Annual statistical returns and brief notes on vaccination in Bengal - 1896-1909
Year: 1896
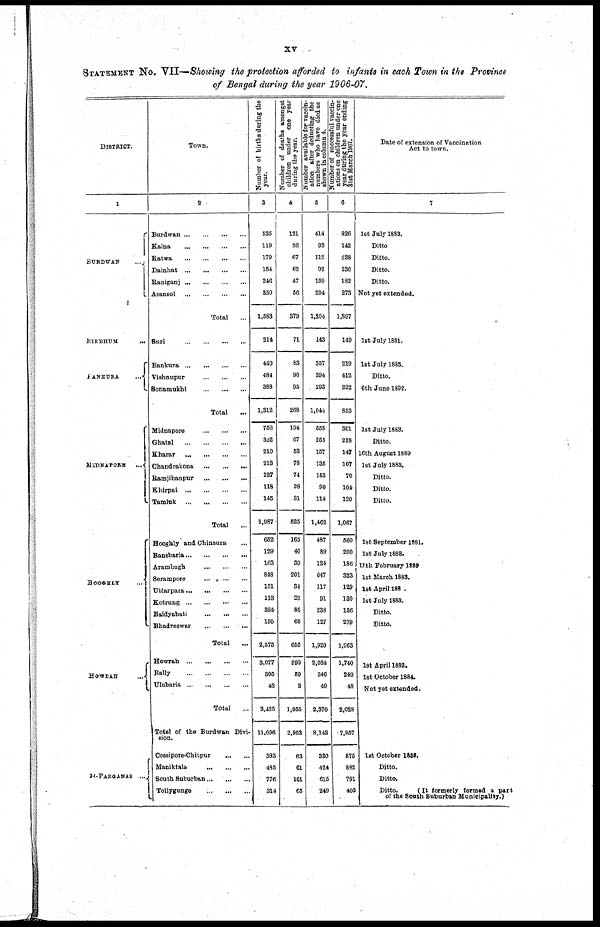
xv
STATEMENT No. VII— Showing the protection afforded to infants in each Town in the Province
of Bengal during the year 1906-07.
DISTRICT.
1
BURDWAN
...
BIRBHUM
...
BANKURA
...
MIDNAPORE ...
HOOGHLY ...
HOWRAH
...
24-PARGANAS ...
Town.
2
Burdwan
...
...
...
...
Kalna
...
...
...
...
Katwa
...
...
...
...
Dainhat
...
...
...
...
Raniganj
...
...
...
...
Asansol
...
...
...
...
Total
...
Suri
...
...
...
...
Bankura ... ... ... ...
Vishnupur
...
...
...
Sonamukhi
...
...
...
Total ...
Midnapore
...
...
...
Ghatal
...
...
...
...
Kharar
...
...
...
...
Chandrakona
...
...
...
Ramjibanpur
...
...
...
Khirpai
...
...
...
...
Tamluk
...
...
...
...
Total ...
Hooghly and Chinsura ...
Bansbaria ... ... ... ...
Arambagh
...
...
...
Serampore
...
...
...
Uttarpara ... ... ... ...
Kotrung
...
...
...
...
Haidyabati
...
...
...
Bhadreswar
...
...
...
Total
...
Howrah
...
...
...
...
Bally
...
...
...
...
Ulubaria
...
...
...
...
Total
...
Total of the Burdwan Divi-
sion.
Cossipore-Chitpur
...
...
Maniktala
...
...
...
South Suburban ... ... ...
Tollygunge
...
...
...
Number of births during the
year.
3
535
119
179
154
246
350
1,588
214
440
484
388
1,312
752
322
210
213
227
118
145
1,987
652
129
163
848
151
113
324
195
2,575
3,077
305
43
3,425
11,096
393
485
776
314
Number of deaths amongst
children under one year
during the year.
4
121
26
67
62
47
56
379
71
83
90
95
268
194
67
53
78
74
28
31
525
165
40
39
201
34
22
86
68
655
993
59
3
1,055
2,953
63
61
161
65
Number available for vaccin-
ation after deducting the
numbers who have died as
shown in column 4.
5
414
93
112
92
199
294
1,204
143
357
394
293
1,044
558
255
157
135
153
90
114
1,462
487
89
124
647
117
91
238
127
1,920
2,084
246
40
2,370
8,143
330
424
615
249
Number of successful vaccin-
ations on children under one
year during the year ending
31st March 1907.
6
826
142
238
236
182
273
1,897
149
219
412
222
853
301
218
147
107
70
104
120
1,067
560
200
186
323
129
130
156
279
1,963
1,740
240
48
2,028
7,957
875
882
791
403
Date of extension of Vaccination
Act to town.
7
1st July 1883.
Ditto.
Ditto.
Ditto.
Ditto.
Not yet extended.
1st July 1881.
1st July 1883.
Ditto.
6th June 1892.
1st July 1883.
Ditto.
16th August 1889
1st July 1883.
Ditto.
Ditto.
Ditto.
1st September 1881.
1st July 1883.
11th February 1889
1st March 1883.
1st April 188 .
1st July 1883.
Ditto.
Ditto.
1st April 1882.
1st October 1884.
Not yet extended.
1st October 1883.
Ditto.
Ditto.
Ditto.
(It formerly formed a part
of the South Suburban Municipality.)